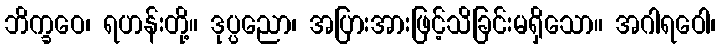
ဘိက္ခဝေ၊ ရဟန်းတို့။ ဒုပ္ပညော၊ အပြားအားဖြင့်သိခြင်းမရှိသော။ အဂါရဝေါ၊